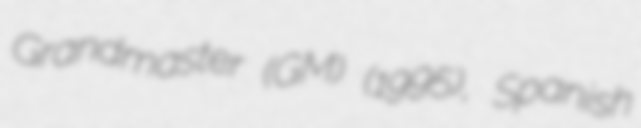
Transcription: Grandmaster (GM) (1995), Spanish